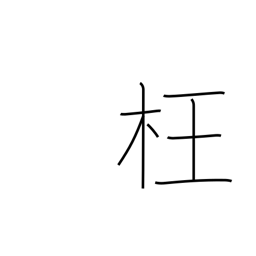
Meaning: perverse